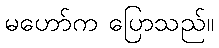
မဟော်က ပြောသည်။